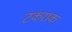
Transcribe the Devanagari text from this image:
टकराक